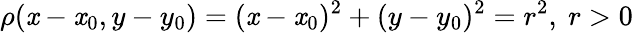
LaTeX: \rho(\mathit{x}-\mathit{x}_{0},y-y_{0})=(\mathit{x}-\mathit{x}_{0})^{2}+(y-y_{0})^{2}=r^{2},\ r>0